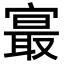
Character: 𪧨